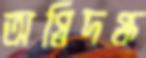
অগ্নিদগ্ধ